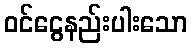
ဝင်ငွေနည်းပါးသော